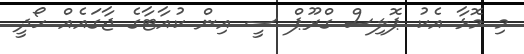
މި މޮޅާ އެކު ޕޮލިސް ގްރޫޕް ސީ އިން ކުއާޓާގެ ޖާގައެއް ހޯދީ